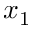
x _ { 1 }